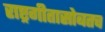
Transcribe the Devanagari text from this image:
राष्ट्रगीतासोबतच